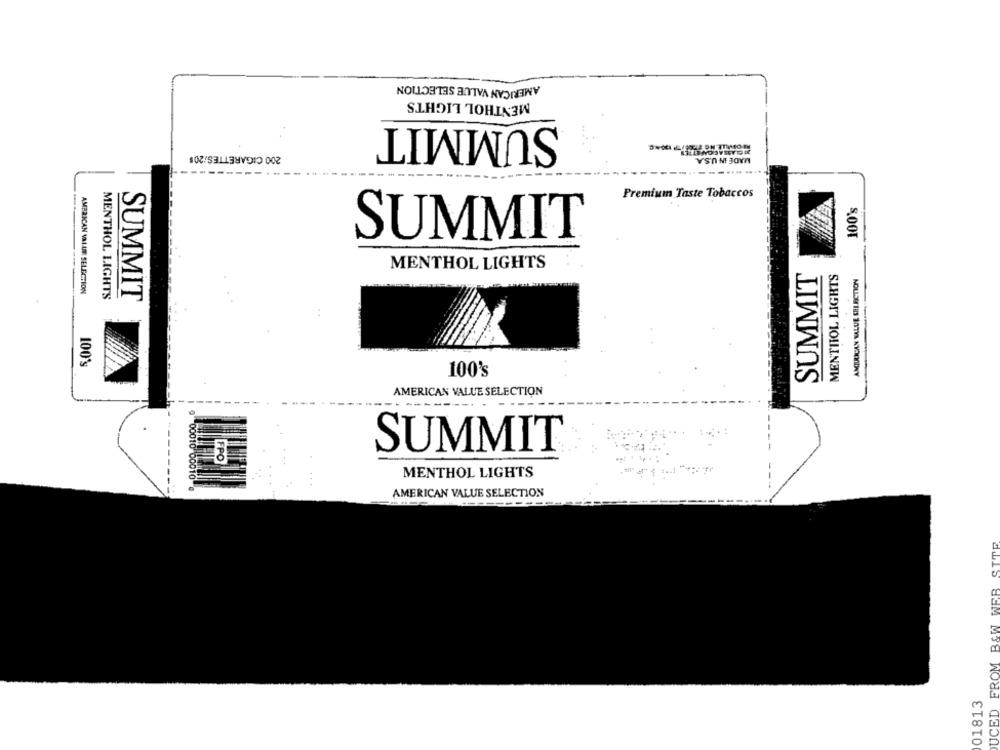
AMERICAN VALUE SELECTION
MENTHOL LIGHTS
SUMMIT
200 CIGARETTES/201
MADE IN U.S.A.
Premium Taste Tobaccos
100's
SUMMIT
MENTHOL LIGHTS
SUMMIT
MENTHOL LIGHTS
AMTULICAN VALUE SBIRCTION
AMERICAN VALUE SELECTION
MENTHOL LIGHTS
SUMMIT
..
100's
100's
AMERICAN VALUE SELECTION
- ----
SUMMIT
---
FPO
MENTHOL LIGHTS
0 00010 00010 @
AMERICAN VALUE SELECTION
UCED FROM B&W WEB SITE
01813